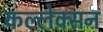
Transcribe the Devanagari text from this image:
कल्लेक्सन